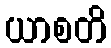
ယာစတိ